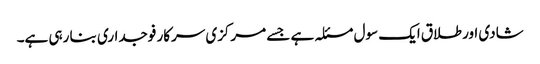
شادی اور طلاق ایک سول مسئلہ ہے جسے مرکزی سرکار فوجداری بنا رہی ہے۔